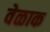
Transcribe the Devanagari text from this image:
वेळाक